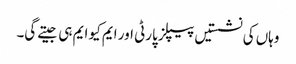
وہاں کی نشستیں پیپلز پارٹی اور ایم کیو ایم ہی جیتے گی۔